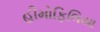
હીમોફિલિયા